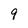
Character: 9